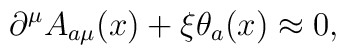
\partial^{\mu}A_{a\mu}(x)+\xi \theta_a(x)\approx 0,